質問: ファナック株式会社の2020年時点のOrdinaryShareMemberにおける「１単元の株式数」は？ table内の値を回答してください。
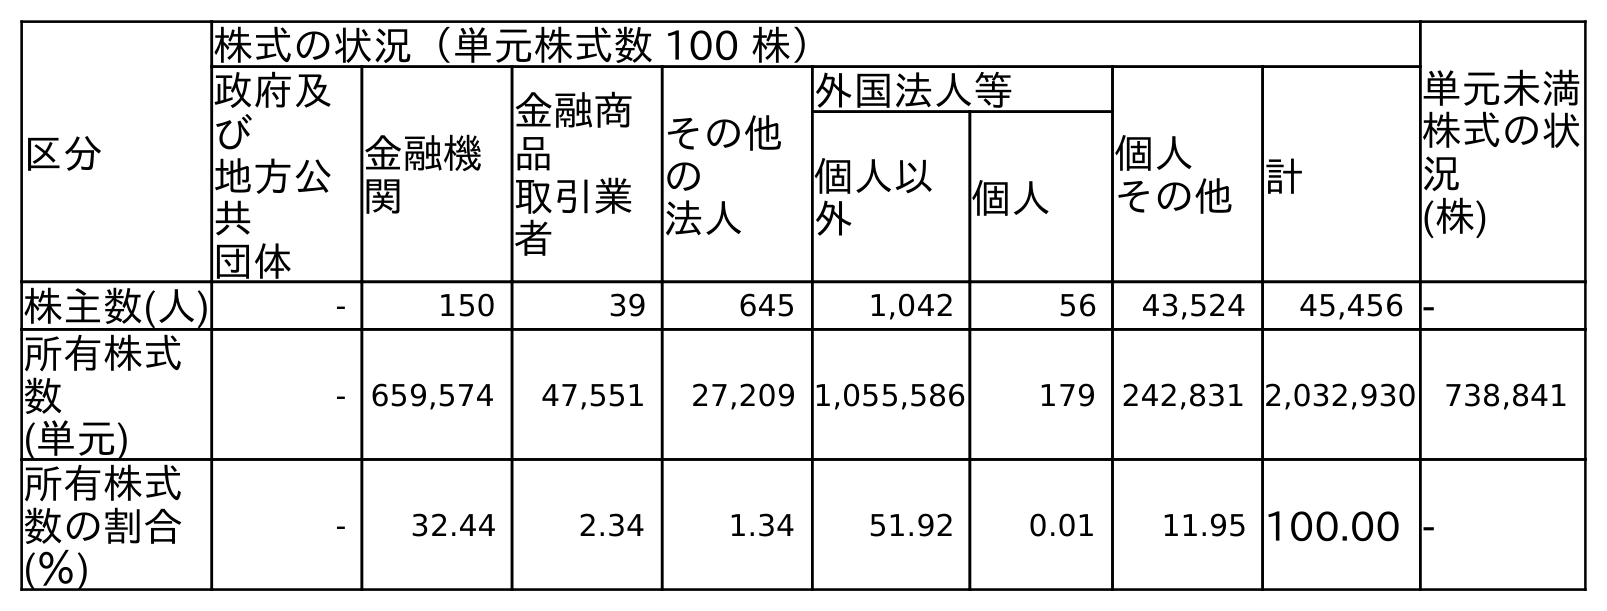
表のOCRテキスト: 区分 株式の状況（単元株式数 100 株） 単元未満 株式の状 況 (株) 政府及 び 地方公 共 団体 金融機 関 金融商 品 取引業 者 その他 の 法人 外国法人等 個人 その他計 個人以 外 個人 株主数(人) - 150 39 645 1,042 56 43,524 45,456 - 所有株式 数 (単元) - 659,574 47,551 27,209 1,055,586 179 242,831 2,032,930 738,841 所有株式 数の割合 (％) - 32.44 2.34 1.34 51.92 0.01 11.95 100.00 -
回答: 株式の状況（単元株式数100株）